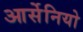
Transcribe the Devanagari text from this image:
आर्सेनियो